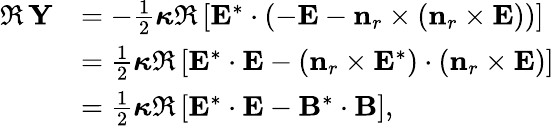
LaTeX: \begin{array}{rl}{\Re\, \mathbf{Y}}&{=-\frac{1}{2}\boldsymbol{\kappa}\Re\left[\mathbf{E}^{*}\cdot\left(-\mathbf{E}-\mathbf{n}_{r}\times\left(\mathbf{n}_{r}\times\mathbf{E}\right)\right)\right]}\\ &{=\frac{1}{2}\boldsymbol{\kappa}\Re\left[\mathbf{E}^{*}\cdot\mathbf{E}-\left(\mathbf{n}_{r}\times\mathbf{E}^{*}\right)\cdot\left(\mathbf{n}_{r}\times\mathbf{E}\right)\right]}\\ &{=\frac{1}{2}\boldsymbol{\kappa}\Re\left[\mathbf{E}^{*}\cdot\mathbf{E}-\mathbf{B}^{*}\cdot\mathbf{B}\right],}\end{array}